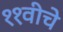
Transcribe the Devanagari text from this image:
११वीचे